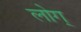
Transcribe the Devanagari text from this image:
लोग्